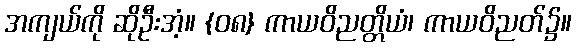
အကျယ်ကို ဆိုဦးအံ့။ {၀၈} ကာယဝိညတ္တိယံ၊ ကာယဝိညတ်၌။